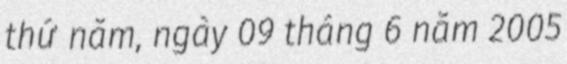
thứ năm, ngày 09 tháng 6 năm 2005